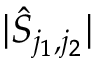
| \hat { S } _ { j _ { 1 } , j _ { 2 } } |